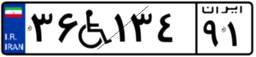
۳۶W۱۳۴۹۱